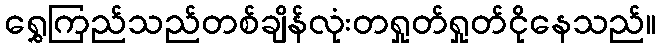
ရွှေကြည်သည်တစ်ချိန်လုံးတရှုတ်ရှုတ်ငိုနေသည်။